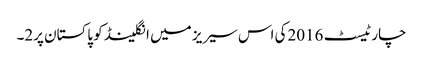
چار ٹیسٹ 2016کی اس سیریز میں انگلینڈ کو پاکستان پر2۔